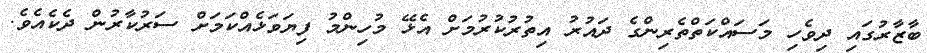
ބާޒާރުގައި ދިވެހި މަސައްކަތްތެރިންގެ ދައުރު އިތުރުކުރުމަށް އެޅޭ މުހިންމު ފިޔަވަޅެއްކަމަށް ސަރުކާރުން ދެކެއެވެ.